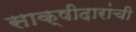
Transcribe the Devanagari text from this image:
साक्षीदारांची